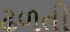
ઢળતી